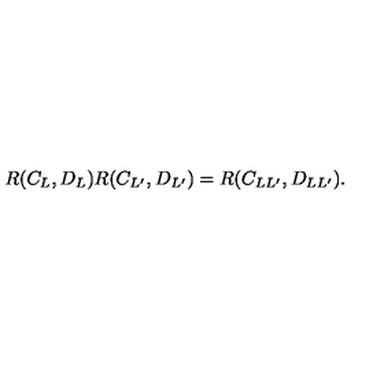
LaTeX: R ( C _ { L } , D _ { L } ) R ( C _ { L ^ { \prime } } , D _ { L ^ { \prime } } ) = R ( C _ { L L ^ { \prime } } , D _ { L L ^ { \prime } } ) .